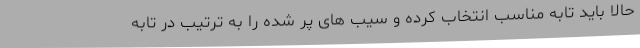
حالا باید تابه مناسب انتخاب کرده و سیب های پر شده را به ترتیب در تابه